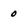
Character: 0